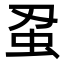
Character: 𮓵